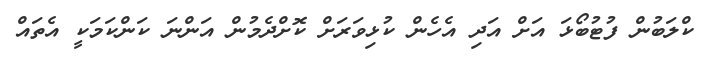
ކްލަބުން ފުޓުބޯޅަ އަށް އަދި އެހެން ކުޅިވަރަށް ކޮށްދެމުން އަންނަ ކަންކަމަކީ އެތައް